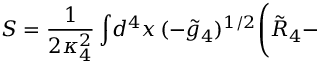
S = \frac { 1 } { 2 \kappa _ { 4 } ^ { 2 } } \int \! d ^ { 4 } x \, ( - \tilde { g } _ { 4 } ) ^ { 1 / 2 } \Biggl ( \tilde { R } _ { 4 } -